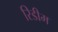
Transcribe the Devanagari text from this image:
रिडीम